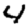
Digit: 4